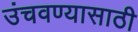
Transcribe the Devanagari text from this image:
उंचवण्यासाठी